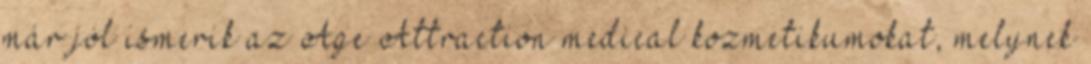
már jól ismerik az Age Attraction medical kozmetikumokat, melynek